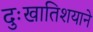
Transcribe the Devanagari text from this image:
दुःखातिशयाने